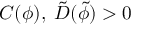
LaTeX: C ( \phi ) , \; \tilde { D } ( \tilde { \phi } ) > 0